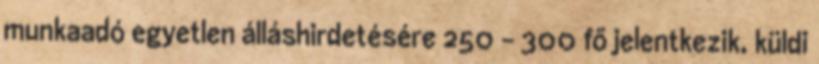
munkaadó egyetlen álláshirdetésére 250 – 300 fő jelentkezik, küldi